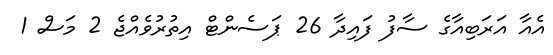
އެއާ އަރަބިއާގެ ސާފު ފައިދާ 26 ޕަސެންޓް އިތުރުވެއްޖެ 2 މަސް 1